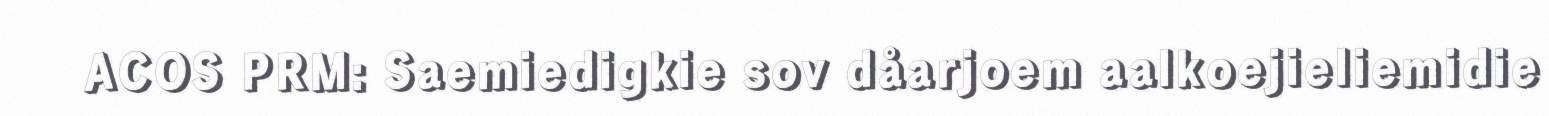
ACOS PRM: Saemiedigkie sov dåarjoem aalkoejieliemidie